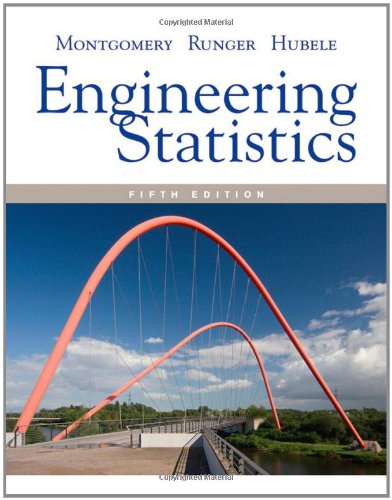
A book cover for Engineering Statistics; Douglas C. Montgomery; Computers & Technology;